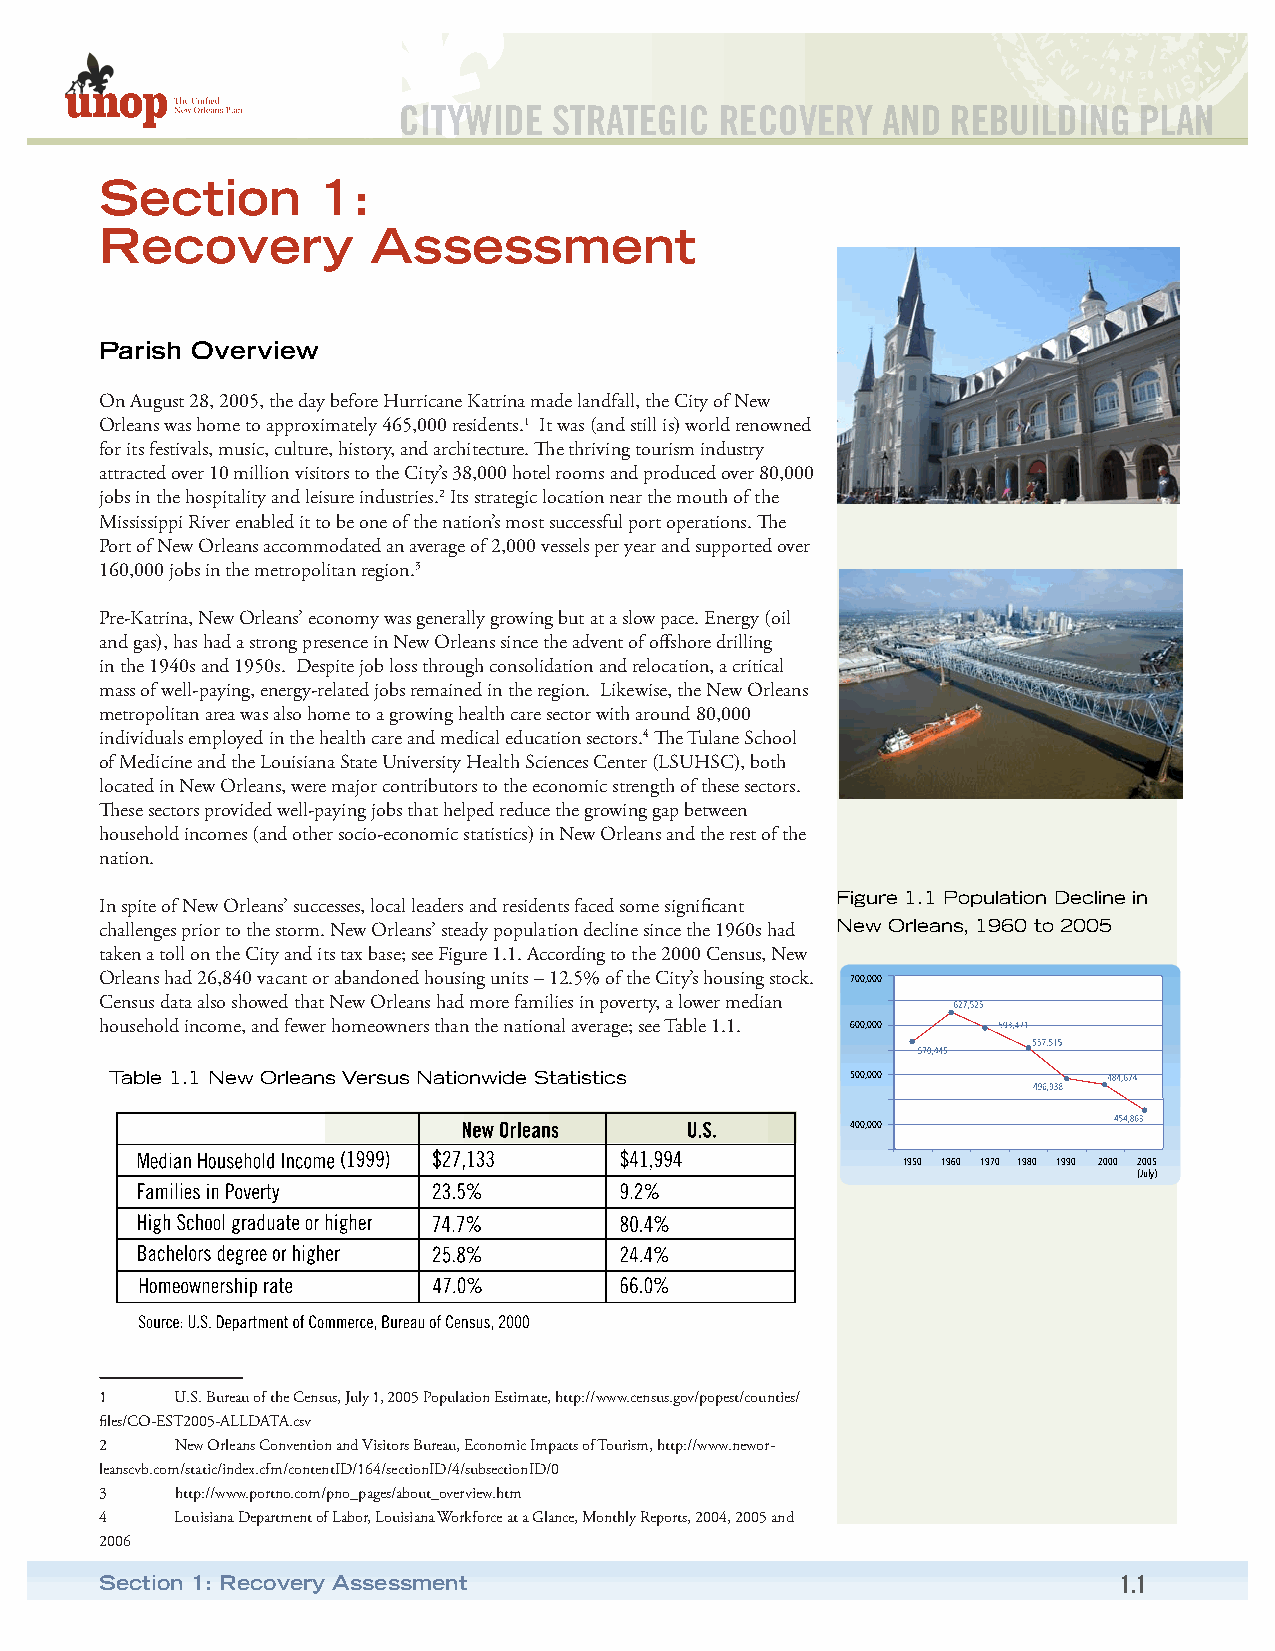
CITYWIDE   STRATEGIC  RECOVERY  AND  REBUILDING  PLAN
 Section       1:
 Recovery          Assessment
 Parish Overview
 On August 28, 2005, the day before Hurricane Katrina made landfall, the City of New
 Orleans was home to approximately 465,000 residents.1 It was (and still is) world renowned
 for its festivals, music, culture, history, and architecture. The thriving tourism industry
 attracted over 10 million visitors to the City’s 38,000 hotel rooms and produced over 80,000
 jobs in the hospitality and leisure industries.2 Its strategic location near the mouth of the
 Mississippi River enabled it to be one of the nation’s most successful port operations. The
 Port of New Orleans accommodated an average of 2,000 vessels per year and supported over
 160,000 jobs in the metropolitan region.3
 Pre-Katrina, New Orleans’ economy was generally growing but at a slow pace. Energy (oil
 and gas), has had a strong presence in New Orleans since the advent of offshore drilling
 in the 1940s and 1950s. Despite job loss through consolidation and relocation, a critical
 mass of well-paying, energy-related jobs remained in the region. Likewise, the New Orleans
 metropolitan area was also home to a growing health care sector with around 80,000
 individuals employed in the health care and medical education sectors.4 The Tulane School
 of Medicine and the Louisiana State University Health Sciences Center (LSUHSC), both
 located in New Orleans, were major contributors to the economic strength of these sectors.
 These sectors provided well-paying jobs that helped reduce the growing gap between
 household incomes (and other socio-economic statistics) in New Orleans and the rest of the
 nation.
 Figure 1.1 Population Decline in
 In spite of New Orleans’ successes, local leaders and residents faced some significant
 challenges prior to the storm. New Orleans’ steady population decline since the 1960s had New Orleans, 1960 to 2005
 taken a toll on the City and its tax base; see Figure 1.1. According to the 2000 Census, New
 Orleans had 26,840 vacant or abandoned housing units – 12.5% of the City’s housing stock. 700,000
 Census data also showed that New Orleans had more families in poverty, a lower median
 household income, and fewer homeowners than the national average; see Table 1.1. 600,000
 Table 1.1 New Orleans Versus Nationwide Statistics 500,000
 400,000
 1950 1960 1970 1980 1990 2000 2005
 (July)
 1    U.S. Bureau of the Census, July 1, 2005 Population Estimate, http://www.census.gov/popest/counties/
 files/CO-EST2005-ALLDATA.csv
 2    New Orleans Convention and Visitors Bureau, Economic Impacts of Tourism, http://www.newor-
 leanscvb.com/static/index.cfm/contentID/164/sectionID/4/subsectionID/0
 3    http://www.portno.com/pno_pages/about_overview.htm
 4    Louisiana Department of Labor, Louisiana Workforce at a Glance, Monthly Reports, 2004, 2005 and
 2006
 Section 1: Recovery Assessment                                     1.1